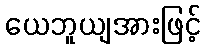
ယေဘူယျအားဖြင့်